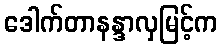
ဒေါက်တာနန္ဒာလှမြင့်က